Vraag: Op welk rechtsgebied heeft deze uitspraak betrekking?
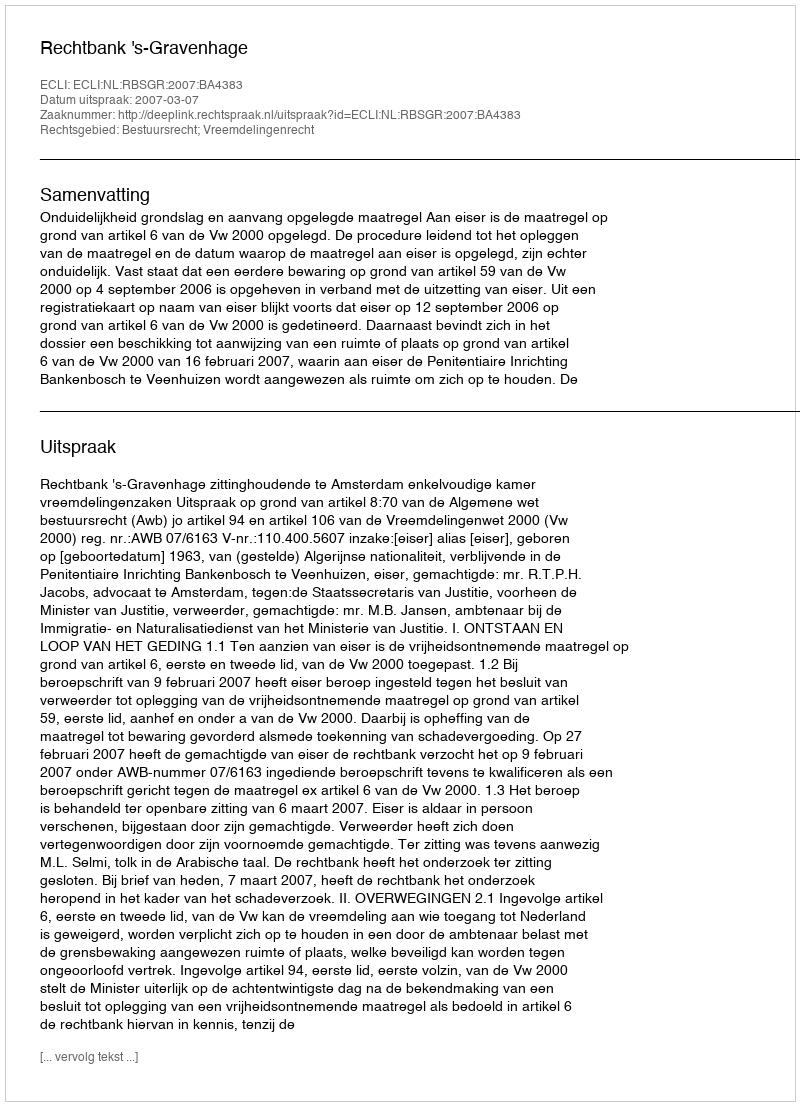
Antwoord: Bestuursrecht; Vreemdelingenrecht